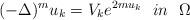
LaTeX: \begin{align*} (-\Delta)^mu_k=V_ke^{2mu_k}~~in~~\Omega \end{align*}